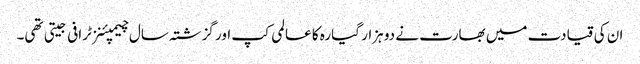
ان کی قیادت میں بھارت نے دو ہزار گیارہ کا عالمی کپ اور گزشتہ سال چیمپئنز ٹرافی جیتی تھی۔